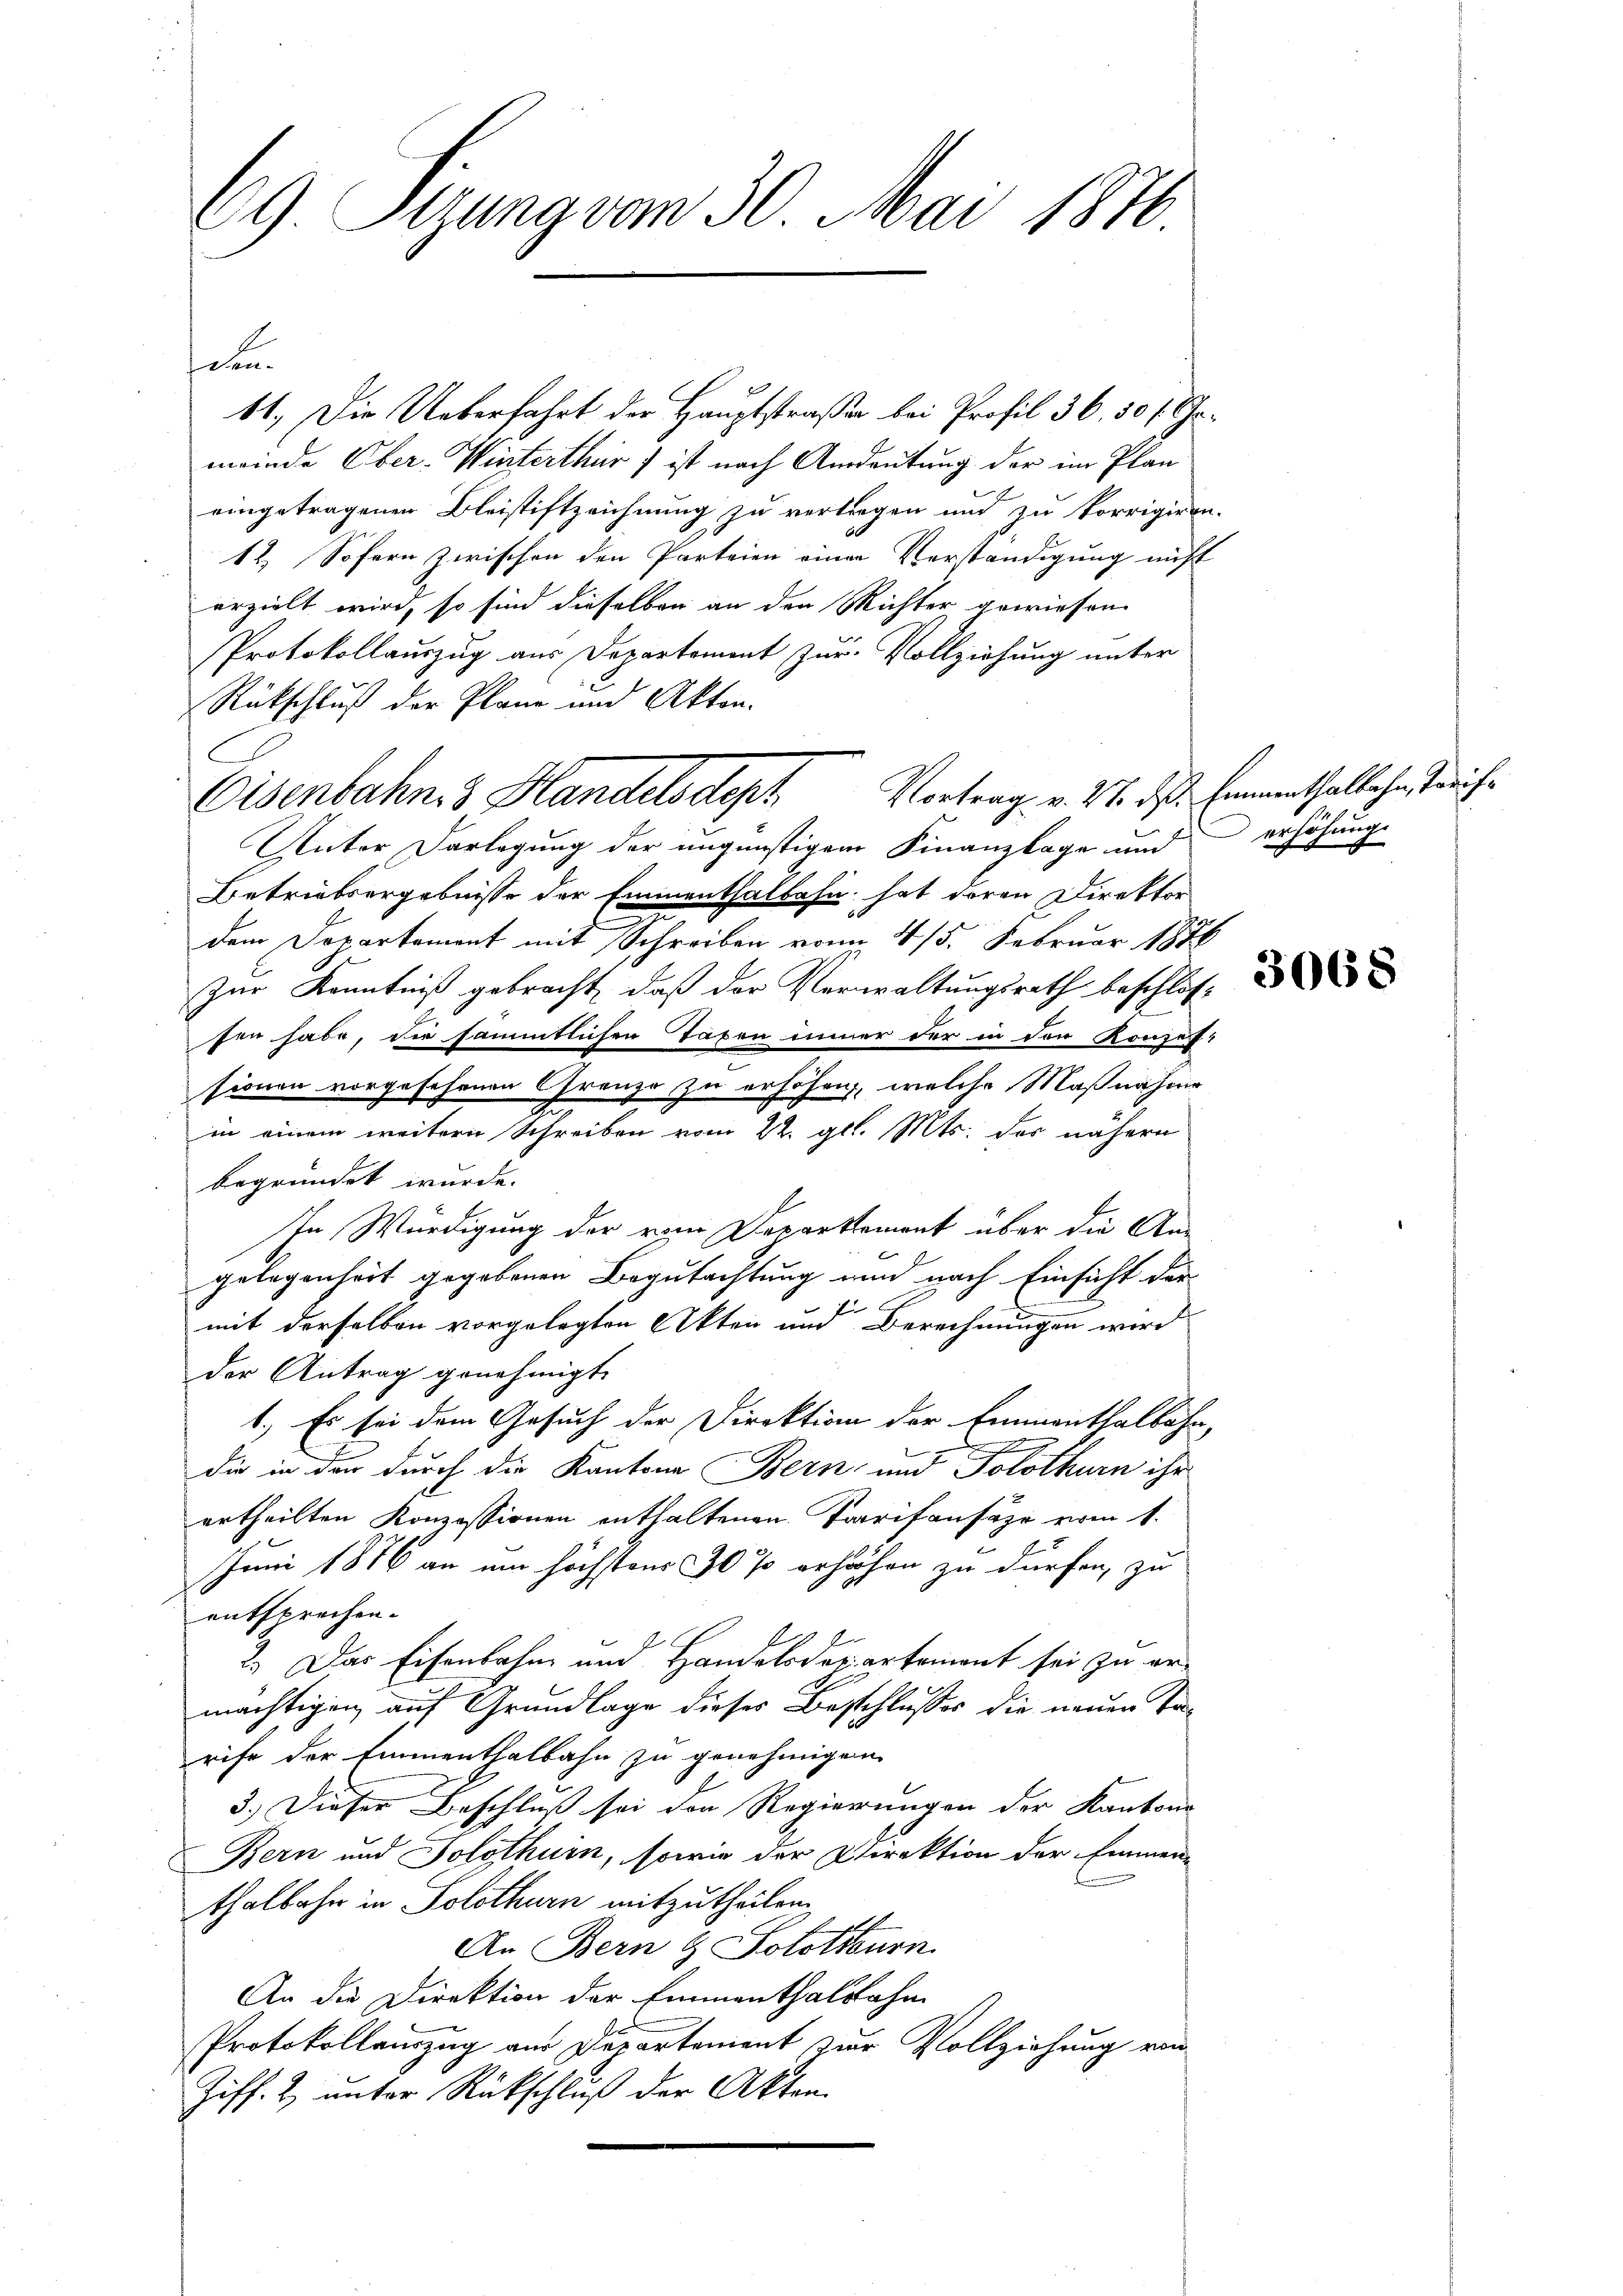
69 Sizung vom 30. Mai 1870

schen.
11. Die Ueberfahrt der Hauptstraßen bei Profil 36. 50 f. Ga
meinde Ober-Winterthur ist nach Andeutung der im Plan
eingetragenen Bleistiftzeichnung zu vertragen und zu korrigiren.
12. Sofern zwischen den Parteien einen Verständigung nicht
erzielt wird, so sind dieselben an den Richter gewiesen.
Protokollauszug aus Departement zur Vollziehung unter
Rückschluß der Plane und Akten.
Unter Darlegung der ungünstigem Finanzlage und
Betriebsergebnisse der Emmenthalbahn hat deren Direktor
dem Departement mit Schreiben vom 4/5. Februar 1876
Zur Kenntniß gebracht, daß der Verwaltungsrath beschlossen habe, die sämmtlichen Taxen immer der in den Konzes
sionen vorgesehenen Grenze zu erhöhen, welche Maßnahme
in einem weitere Schreiben vom 22. gl. Mts. des nähern
begründet wurde.
In Würdigung der vom Departement über die An-
gelegenheit gegebenen Begutachtung und nach Einsicht der
mit derselben vorgelegten Akten und Berechnungen wird
der Antrag genehmigt.
1.) Es sei dem Gesuch der Direktion der Emmenthalbahn
A
die in den durch die Kantone Bern und Solothurn ihr
ertheilten Konzessionen enthaltenen Tarifansäze vom 1.
Juni 1876 an um höchstens 10 % erhöhen zu dürfen, zu
entsprechen.
.
2.) Das Eisenbahn und Handelsdepartement sei zu er-
mächtigen auf Grundlage dieses Beschlusses die neuen Tarife der Emmenthalbahn zu genehmigen.
3.) Dieser Beschluß sei den Regierungen der Kantons
Bern und Solothurn, sowie der Direktion der Emmen-
thalbahn in Solothurn mitzutheilen.
An Bern & Solothurn
An die Direktion der Emmenthalbahn
Protokollauszug aus Departement zur Vollziehung von
Ziff. 2 unter Rückschluß der Akten.

Eisenbahn 3 Handels Soph

Vortrag v. 27. ds. Eimenthalbahn, Tariferhöhung

3068